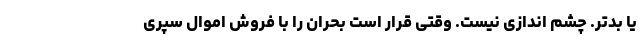
یا بدتر. چشم اندازی نیست. وقتی قرار است بحران را با فروش اموال سپری